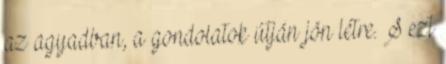
az agyadban, a gondolatok útján jön létre. S ezt